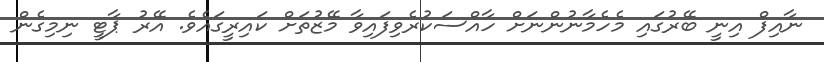
ނާއިފް އިނީ ބޭރުގައި މެހެމާނުންނަށް ހާއްސަކުރެވިފައިވާ މޭޒުތަށް ކައިރީގައެވެ. އޭރު ޕާޓީ ނިމިގެން